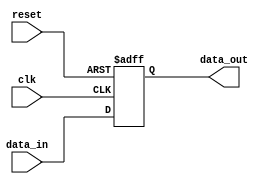
module IO_Buffer (
    input wire clk,
    input wire reset,
    input wire data_in,
    output reg data_out
);

reg internal_buffer;

always @(posedge clk or posedge reset) begin
    if (reset) begin
        internal_buffer <= 1'b0;
    end else begin
        internal_buffer <= data_in;
    end
end

assign data_out = internal_buffer;

endmodule